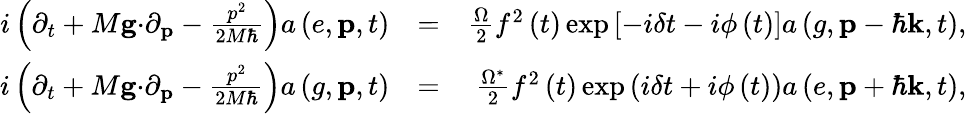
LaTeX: \begin{array}{rlr}{i\left(\partial_{t}+M\mathbf{g\cdot}\partial_{\mathbf{p}}-\frac{p^{2}}{2M\hbar}\right)a\left(e,\mathbf{p},t\right)}&{=}&{\frac{\Omega}{2}f^{2}\left(t\right)\exp\left[-i\delta t-i\phi\left(t\right)\right]a\left(g,\mathbf{p}-\hbar\mathbf{k},t\right),}\\ {i\left(\partial_{t}+M\mathbf{g\cdot}\partial_{\mathbf{p}}-\frac{p^{2}}{2M\hbar}\right)a\left(g,\mathbf{p},t\right)}&{=}&{\frac{\Omega^{\ast}}{2}f^{2}\left(t\right)\exp\left(i\delta t+i\phi\left(t\right)\right)a\left(e,\mathbf{p}+\hbar\mathbf{k},t\right),}\end{array}